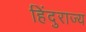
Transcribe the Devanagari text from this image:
हिंदुराज्य